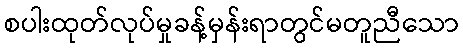
စပါးထုတ်လုပ်မှုခန့်မှန်းရာတွင်မတူညီသော